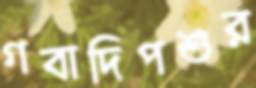
গবাদিপশুর